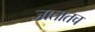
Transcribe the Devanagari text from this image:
जातातच